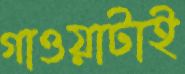
গাওয়াটাই